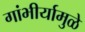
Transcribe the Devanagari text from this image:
गांभीर्यामुळे